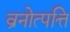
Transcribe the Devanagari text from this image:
व्रनोत्पत्ति